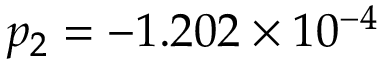
p _ { 2 } = - 1 . 2 0 2 \times 1 0 ^ { - 4 }